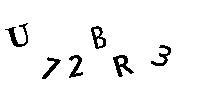
U72BR3